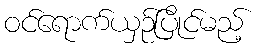
ဝင်ရောက်ယှဉ်ပြိုင်မည့်